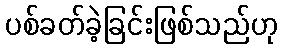
ပစ်ခတ်ခဲ့ခြင်းဖြစ်သည်ဟု